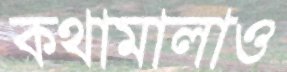
কথামালাও